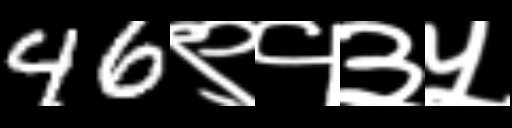
Text: 46९१३५